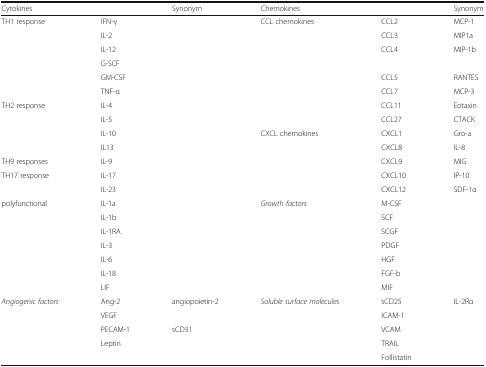
<table><thead><tr><td><b>Cytokines</b></td><td></td><td><b>Synonym</b></td><td><b>Chemokines</b></td><td></td><td><b>Synonym</b></td></tr></thead><tbody><tr><td>TH1 response</td><td>IFN-γ</td><td></td><td>CCL chemokines</td><td>CCL2</td><td>MCP-1</td></tr><tr><td></td><td>IL-2</td><td></td><td></td><td>CCL3</td><td>MIP1a</td></tr><tr><td></td><td>IL-12</td><td></td><td></td><td>CCL4</td><td>MIP-1b</td></tr><tr><td></td><td>G-SCF</td><td></td><td></td><td></td><td></td></tr><tr><td></td><td>GM-CSF</td><td></td><td></td><td>CCL5</td><td>RANTES</td></tr><tr><td></td><td>TNF-α</td><td></td><td></td><td>CCL7</td><td>MCP-3</td></tr><tr><td>TH2 response</td><td>IL-4</td><td></td><td></td><td>CCL11</td><td>Eotaxin</td></tr><tr><td></td><td>IL-5</td><td></td><td></td><td>CCL27</td><td>CTACK</td></tr><tr><td></td><td>IL-10</td><td></td><td>CXCL chemokines</td><td>CXCL1</td><td>Gro-a</td></tr><tr><td></td><td>IL13</td><td></td><td></td><td>CXCL8</td><td>IL-8</td></tr><tr><td>TH9 responses</td><td>IL-9</td><td></td><td></td><td>CXCL9</td><td>MIG</td></tr><tr><td>TH17 response</td><td>IL-17</td><td></td><td></td><td>CXCL10</td><td>IP-10</td></tr><tr><td></td><td>IL-23</td><td></td><td></td><td>CXCL12</td><td>SDF-1α</td></tr><tr><td>polyfunctional</td><td>IL-1a</td><td></td><td><i>Growth factors</i></td><td>M-CSF</td><td></td></tr><tr><td></td><td>IL-1b</td><td></td><td></td><td>SCF</td><td></td></tr><tr><td></td><td>IL-1RA</td><td></td><td></td><td>SCGF</td><td></td></tr><tr><td></td><td>IL-3</td><td></td><td></td><td>PDGF</td><td></td></tr><tr><td></td><td>IL-6</td><td></td><td></td><td>HGF</td><td></td></tr><tr><td></td><td>IL-18</td><td></td><td></td><td>FGF-b</td><td></td></tr><tr><td></td><td>LIF</td><td></td><td></td><td>MIF</td><td></td></tr><tr><td><i>Angiogenic factors</i></td><td>Ang-2</td><td>angiopoietin-2</td><td><i>Soluble surface molecules</i></td><td>sCD25</td><td>IL-2Rα</td></tr><tr><td></td><td>VEGF</td><td></td><td></td><td>ICAM-1</td><td></td></tr><tr><td></td><td>PECAM-1</td><td>sCD31</td><td></td><td>VCAM</td><td></td></tr><tr><td></td><td>Leptin</td><td></td><td></td><td>TRAIL</td><td></td></tr><tr><td></td><td></td><td></td><td></td><td>Follistatin</td><td></td></tr></tbody></table>